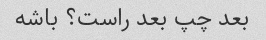
بعد چپ بعد راست؟ باشه